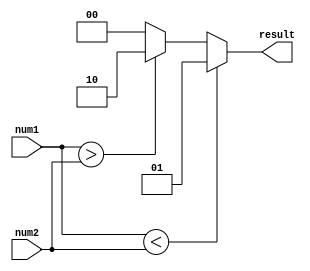
module signed_magnitude_comparator (
    input signed [7:0] num1,
    input signed [7:0] num2,
    output reg [1:0] result
);

always @(*) begin
    if (num1 < num2) begin
        result = 2'b01; // num1 is less than num2
    end else if (num1 > num2) begin
        result = 2'b10; // num1 is greater than num2
    end else begin
        result = 2'b00; // num1 is equal to num2
    end
end

endmodule